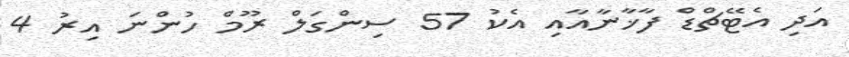
އަދި އެޓޭޗްޑް ފާޚާނާއާއި އެކު 57 ސިންގަލް ރޫމް ހުންނަ އިރު 4